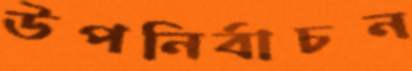
উপনির্বাচন